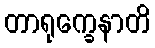
တာရုက္ခေနာတိ